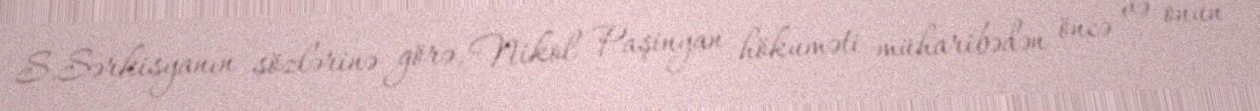
S.Sərkisyanın sözlərinə görə, Nikol Paşinyan hökuməti müharibədən öncə və onun